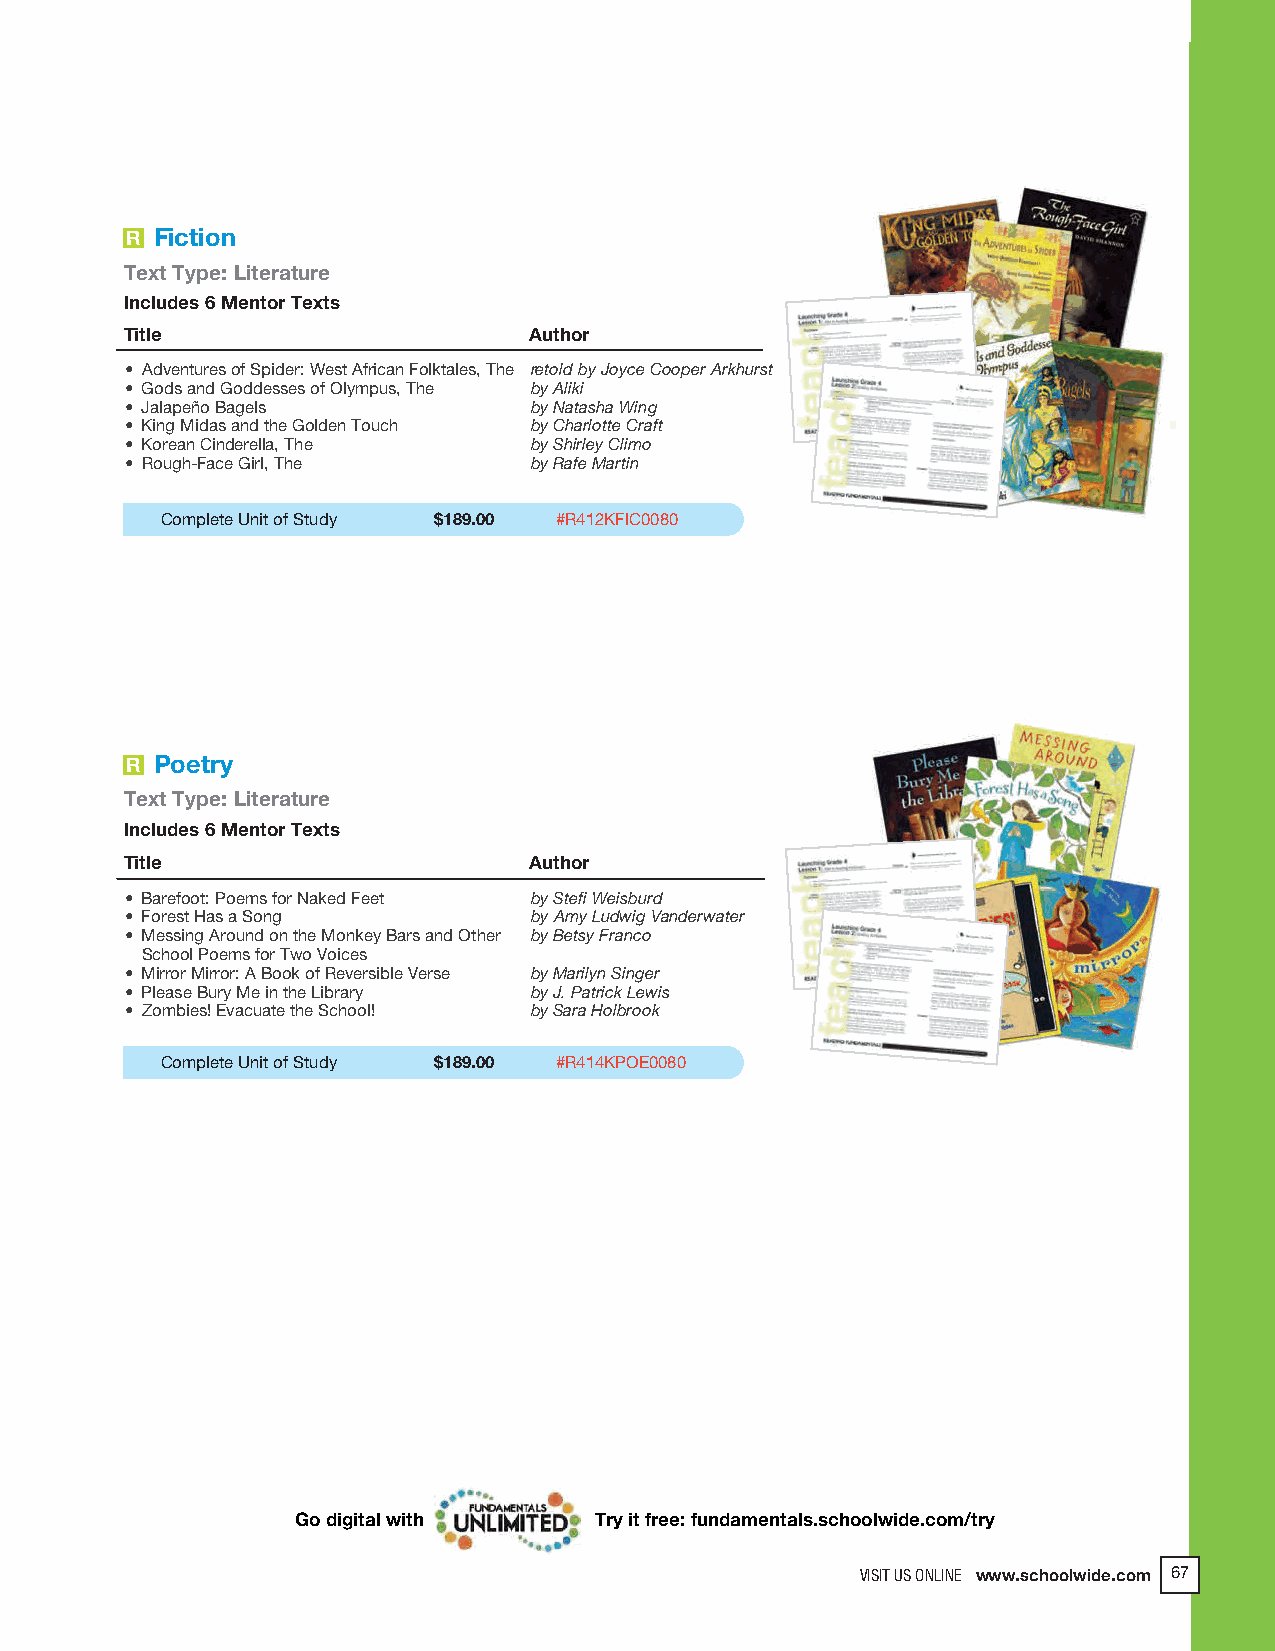
2018 ProdSamp_Layout 1 7/28/17 12:09 PM Page 193
 R Fiction
 Text Type: Literature
 Includes 6 Mentor Texts
 Title                      Author
 • Adventures of Spider: West African Folktales, The retold by Joyce Cooper Arkhurst
 • Gods and Goddesses of Olympus, The by Aliki
 • Jalapeño Bagels          by Natasha Wing
 • King Midas and the Golden Touch by Charlotte Craft
 • Korean Cinderella, The   by Shirley Climo
 • Rough-Face Girl, The     by Rafe Martin
 Complete Unit of Study $189.00 #R412KFIC0080
 R Poetry
 Text Type: Literature
 Includes 6 Mentor Texts
 Title                      Author
 • Barefoot: Poems for Naked Feet by Stefi Weisburd
 • Forest Has a Song        by Amy Ludwig Vanderwater
 • Messing Around on the Monkey Bars and Other by Betsy Franco
 School Poems for Two Voices
 • Mirror Mirror: A Book of Reversible Verse by Marilyn Singer
 • Please Bury Me in the Library by J. Patrick Lewis
 • Zombies! Evacuate the School! by Sara Holbrook
 Complete Unit of Study $189.00 #R414KPOE0080
 Go digital with    Try it free: fundamentals.schoolwide.com/try
 VISIT US ONLINE www.schoolwide.com 67
 VISIT US ONLINE www.schoolwide.com 139